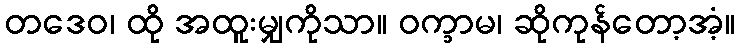
တဒေဝ၊ ထို အထူးမျှကိုသာ။ ဝက္ခာမ၊ ဆိုကုန်တော့အံ့။